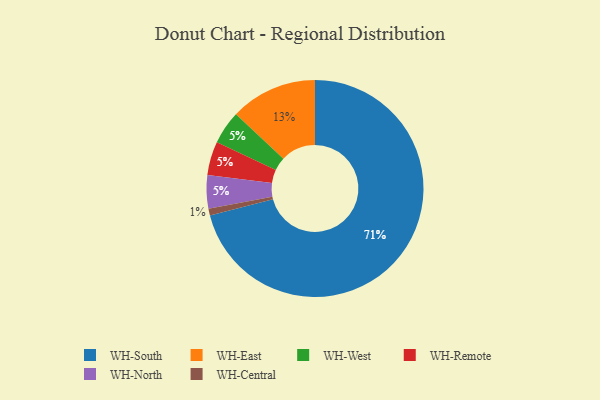
{"axis": {"x": "Category", "y": "Percentage"}, "legend": ["WH-Central", "WH-East", "WH-North", "WH-Remote", "WH-South", "WH-West"], "data": [{"x": "WH-West", "y": 5, "type": "WH-West"}, {"x": "WH-East", "y": 13, "type": "WH-East"}, {"x": "WH-South", "y": 71, "type": "WH-South"}, {"x": "WH-Remote", "y": 5, "type": "WH-Remote"}, {"x": "WH-North", "y": 5, "type": "WH-North"}, {"x": "WH-Central", "y": 1, "type": "WH-Central"}]}